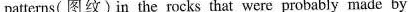
patterns (图纹) in the rocks that were probably made by